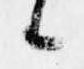
候